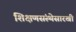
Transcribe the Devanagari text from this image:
शिक्षणसंस्थेसारखी